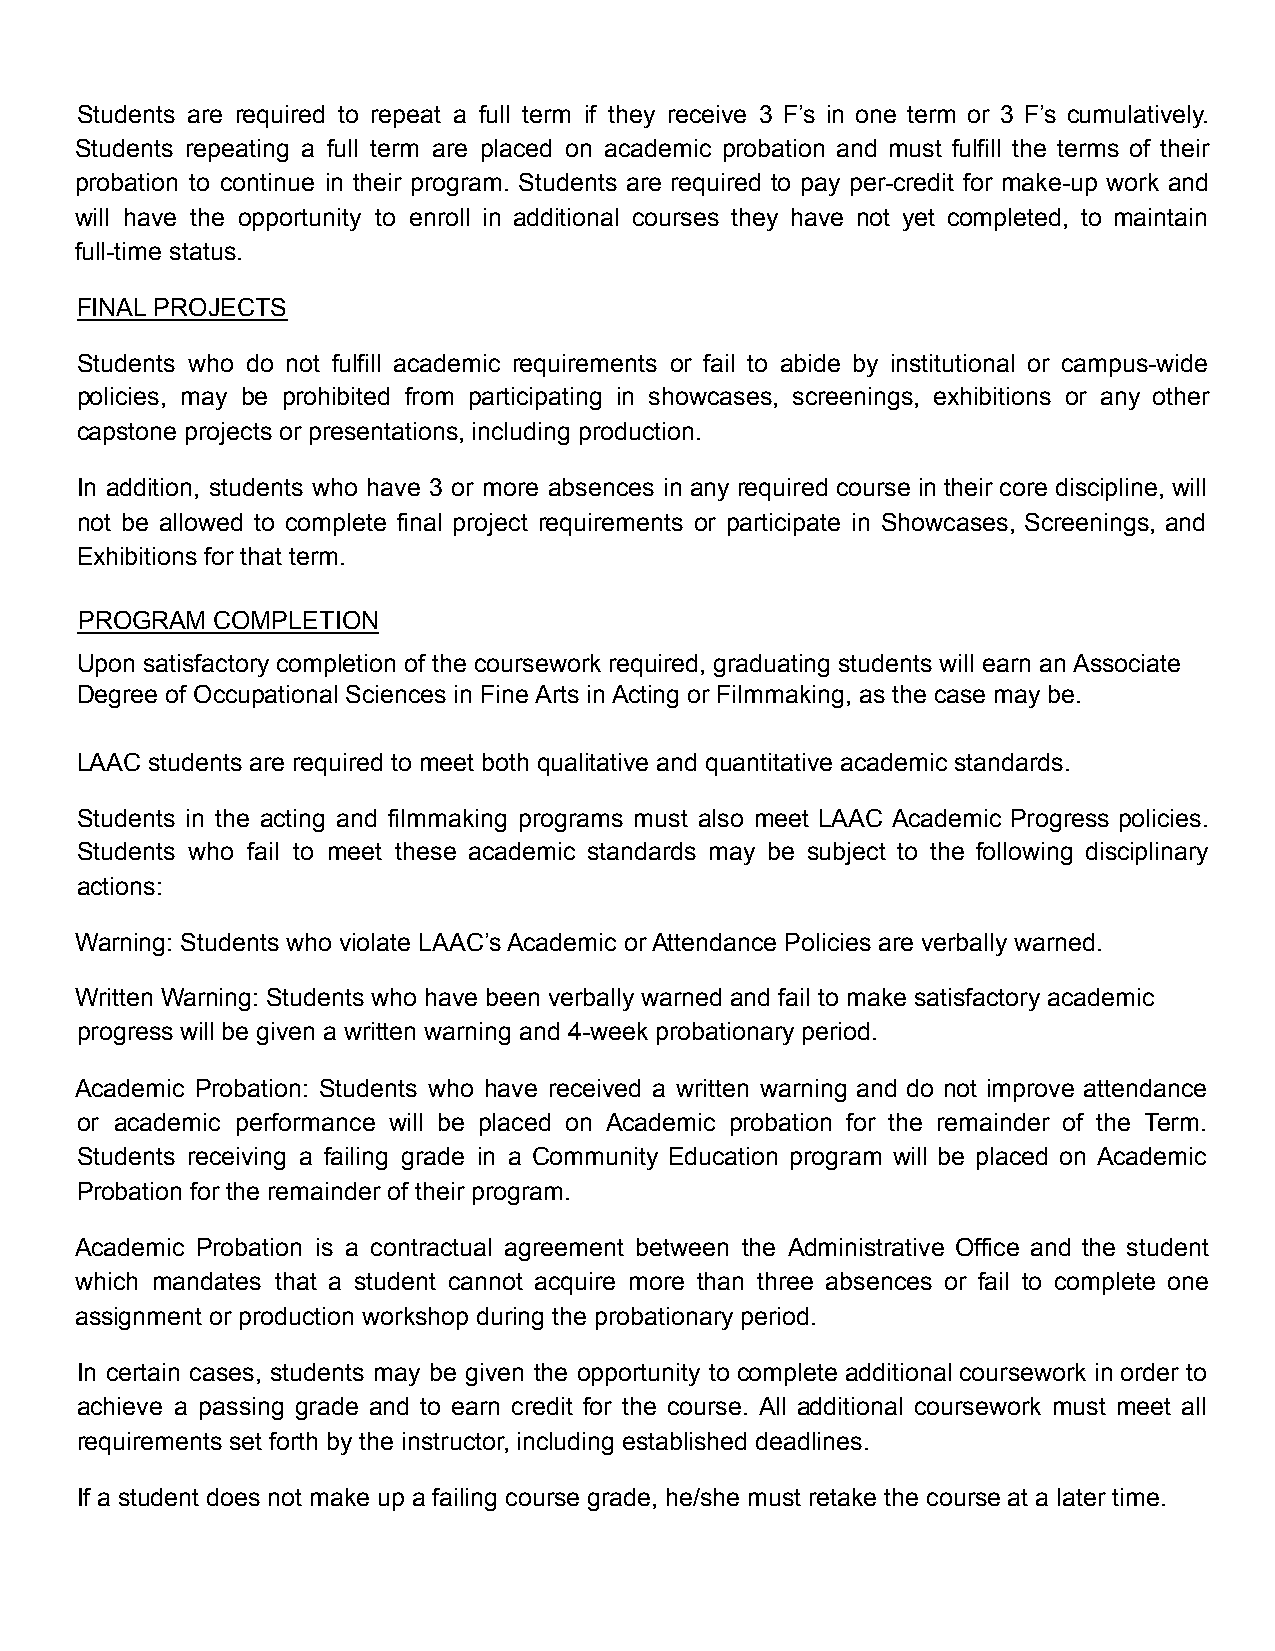
Students are required to repeat a full term if they receive 3 F’s in one term or 3 F’s cumulatively.
 Students repeating a full term are placed on academic probation and must fulfill the terms of their
 probation to continue in their program. Students are required to pay per-credit for make-up work and
 will have the opportunity to enroll in additional courses they have not yet completed, to maintain
 full-time status.
 FINAL PROJECTS
 Students who do not fulfill academic requirements or fail to abide by institutional or campus-wide
 policies, may be prohibited from participating in showcases, screenings, exhibitions or any other
 capstone projects or presentations, including production.
 In addition, students who have 3 or more absences in any required course in their core discipline, will
 not be allowed to complete final project requirements or participate in Showcases, Screenings, and
 Exhibitions for that term.
 PROGRAM  COMPLETION
 Upon satisfactory completion of the coursework required, graduating students will earn an Associate
 Degree of Occupational Sciences in Fine Arts in Acting or Filmmaking, as the case may be.
 LAAC students are required to meet both qualitative and quantitative academic standards.
 Students in the acting and filmmaking programs must also meet LAAC Academic Progress policies.
 Students who fail to meet these academic standards may be subject to the following disciplinary
 actions:
 Warning: Students who violate LAAC’s Academic or Attendance Policies are verbally warned.
 Written Warning: Students who have been verbally warned and fail to make satisfactory academic
 progress will be given a written warning and 4-week probationary period.
 Academic Probation: Students who have received a written warning and do not improve attendance
 or academic performance will be placed on Academic probation for the remainder of the Term.
 Students receiving a failing grade in a Community Education program will be placed on Academic
 Probation for the remainder of their program.
 Academic Probation is a contractual agreement between the Administrative Office and the student
 which mandates that a student cannot acquire more than three absences or fail to complete one
 assignment or production workshop during the probationary period.
 In certain cases, students may be given the opportunity to complete additional coursework in order to
 achieve a passing grade and to earn credit for the course. All additional coursework must meet all
 requirements set forth by the instructor, including established deadlines.
 If a student does not make up a failing course grade, he/she must retake the course at a later time.